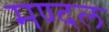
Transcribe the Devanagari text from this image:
मण्दल